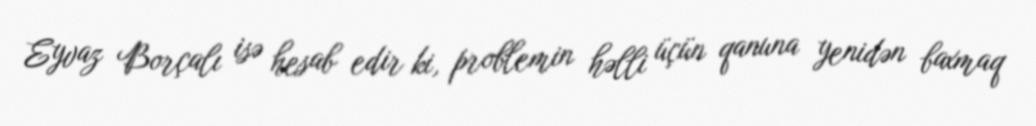
Eyvaz Borçalı isə hesab edir ki, problemin həlli üçün qanuna yenidən baxmaq